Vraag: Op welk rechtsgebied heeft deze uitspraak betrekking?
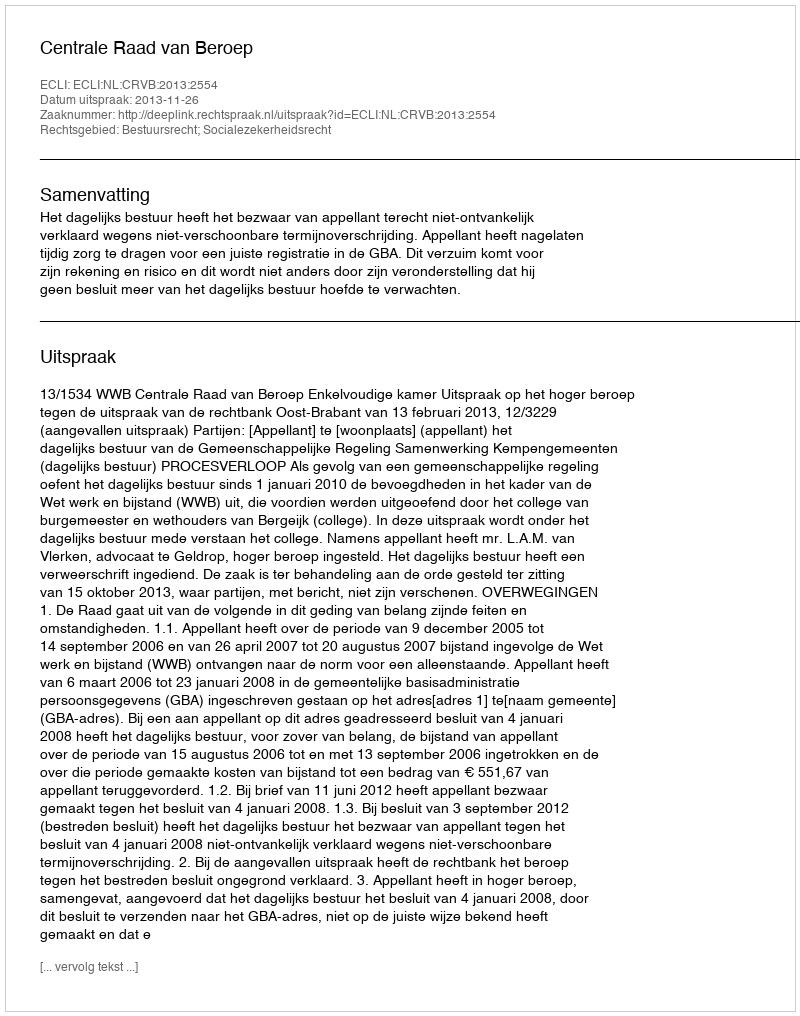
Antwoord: Bestuursrecht; Socialezekerheidsrecht